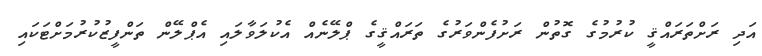
އަދި ރަށްތަރައްޤީ ކުރުމުގެ ގޮތުން ރަށުފެންވަރުގެ ތަރައްޤީގެ ޕްލޭނެއް އެކުލަވާލައި އެޕްލޭން ތަންފީޒުކުރުމަށްޓަކައި